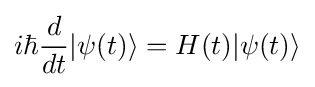
i\hbar {\frac {d}{dt}}|\psi (t)\rangle =H(t)|\psi (t)\rangle